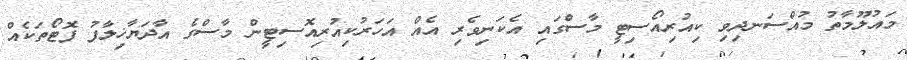
މައުލޫމާތު މުއްސަނދިވި ކިއުރިއޯސިޓީ މާސްގައި އެކަނިވެރި އެއް އަހަރުކިއުރިއޮސިޓީން މާސްގެ އާދަޔާޚިލާފު ފޮޓޯތަކެއް